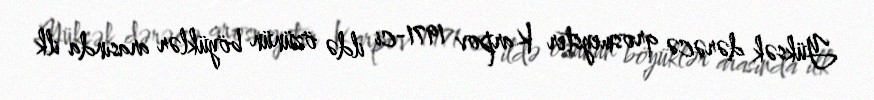
Yüksək dərəcə qrosmeyster Karpov 1971-ci ildə özünün böyüklər arasında ilk